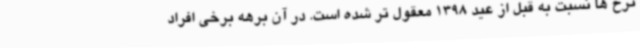
نرخ ها نسبت به قبل از عید 1398 معقول تر شده است. در آن برهه برخی افراد